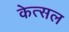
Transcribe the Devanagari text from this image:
केत्सल